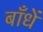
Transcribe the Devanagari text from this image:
बाँधें